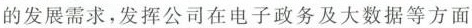
的发展需求，发挥公司在电子政务及大数据等方面